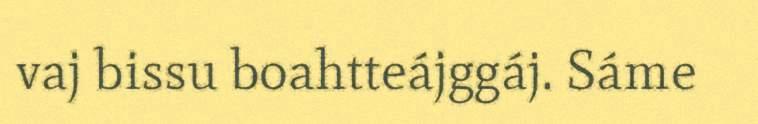
vaj bissu boahtteájggáj. Sáme